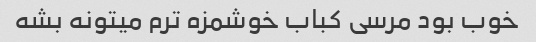
خوب بود مرسی کباب خوشمزه ترم میتونه بشه